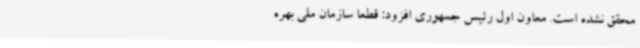
محقق نشده است. معاون اول رئیس جمهوری افزود: قطعاً سازمان ملی بهره